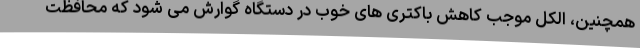
همچنین، الکل موجب کاهش باکتری های خوب در دستگاه گوارش می شود که محافظت